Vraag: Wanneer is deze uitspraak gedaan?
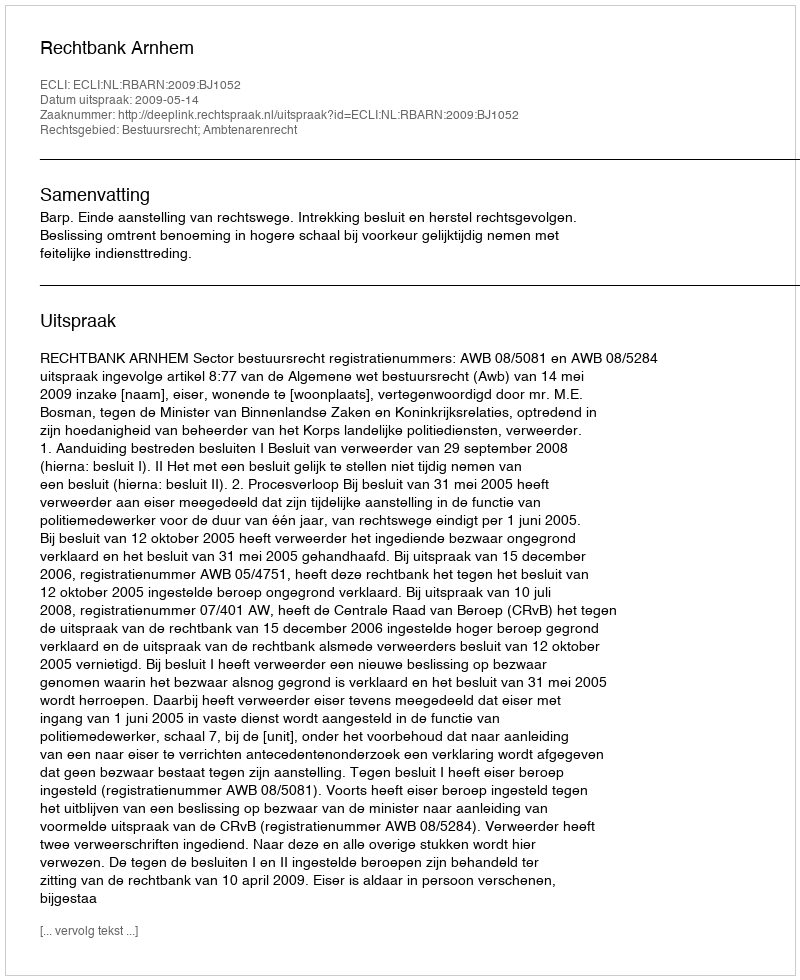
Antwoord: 2009-05-14